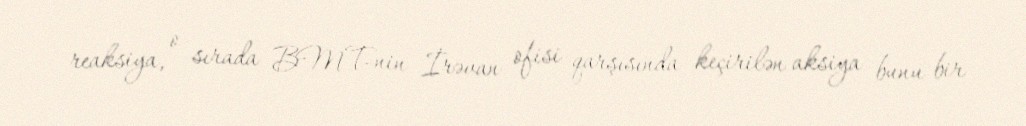
reaksiya, o sırada BMT-nin İrəvan ofisi qarşısında keçirilən aksiya bunu bir